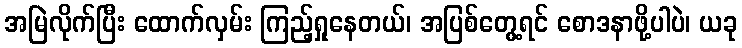
အမြဲလိုက်ပြီး ထောက်လှမ်း ကြည့်ရှုနေတယ်၊ အပြစ်တွေ့ရင် စောဒနာဖို့ပါပဲ၊ ယခု